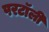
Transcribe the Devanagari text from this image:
परटॉली